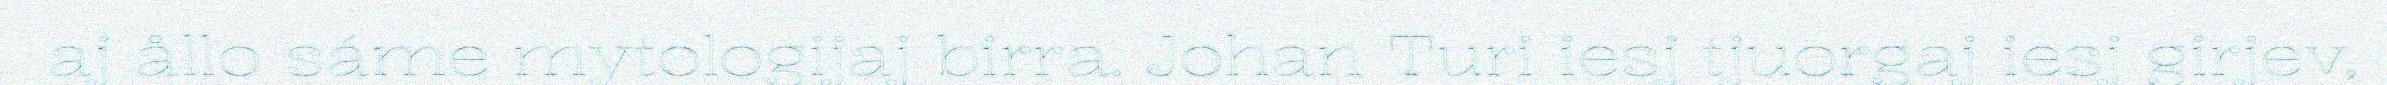
aj ållo sáme mytologijaj birra. Johan Turi iesj tjuorgaj iesj girjev,